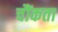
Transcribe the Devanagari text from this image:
चौंकता